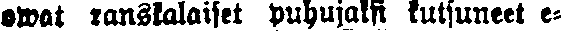
owat kanslalaiset puhujaksi kutsuneet e-